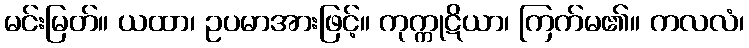
မင်းမြတ်။ ယထာ၊ ဥပမာအားဖြင့်။ ကုက္ကုဋိယာ၊ ကြက်မ၏။ ကလလံ၊